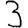
Digit: 3